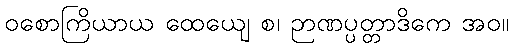
ဝစောကြိယာယ ထေယျေ စ၊ ဉာဏပ္ပတ္တာဒိကေ အဝ။